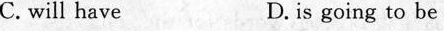
C. will have D. is going to be